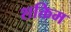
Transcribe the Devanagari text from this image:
शक्तिम